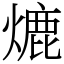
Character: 熝